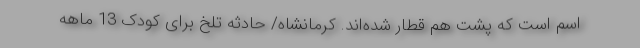
اسم است که پشت هم قطار شده‌اند. کرمانشاه/ حادثه تلخ برای کودک 13 ماهه